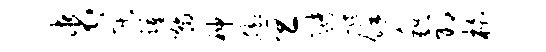
裘莫踵瀚神脚旦猪踪余和邪柏